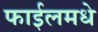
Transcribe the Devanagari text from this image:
फाईलमधे